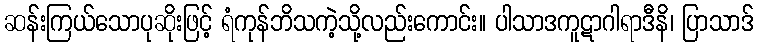
ဆန်းကြယ်သောပုဆိုးဖြင့် ရံကုန်ဘိသကဲ့သို့လည်းကောင်း။ ပါသာဒကူဋာဂါရာဒီနိ၊ ပြာသာဒ်